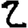
Digit: 2